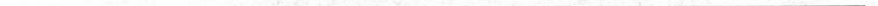
___